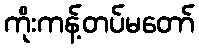
ကိုးကန့်တပ်မတော်